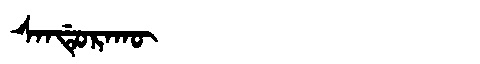
Manchu: ᠰᠠᠨᡩᡠᡵᠠᡴᡡ
Romanization: SANDURAKŪ